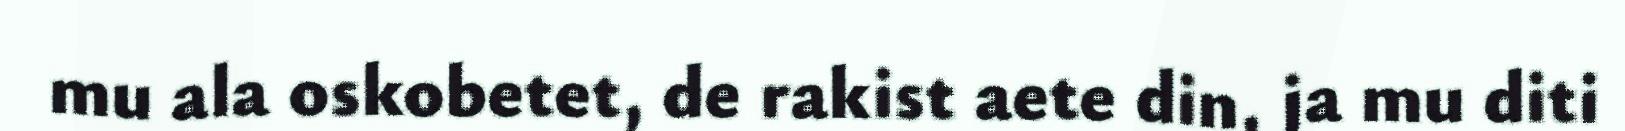
mu ala oskobetet, de rakist aete din, ja mu diti